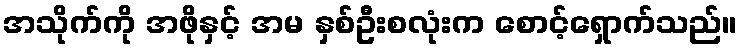
အသိုက်ကို အဖိုနှင့် အမ နှစ်ဦးစလုံးက စောင့်ရှောက်သည်။